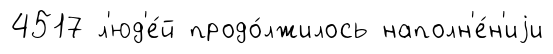
4517 л'юд'е́й продо́лжилось наполн'е́н'иjи